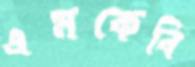
এমকেবি